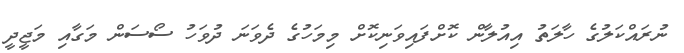
ނުރައްކަލުގެ ހާލަތު އިއުލާން ކޮށްފައިވަނިކޮށް މިމަހުގެ ދެވަނަ ދުވަހު ސޯސަން މަގާއި މަޖީދީ